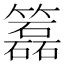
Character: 𥶲